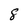
Character: 8